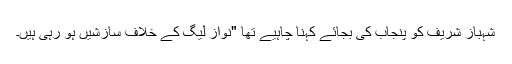
شہباز شریف کو پنجاب کی بجائے کہنا چاہیے تھا "نواز لیگ کے خلاف سازشیں ہو رہی ہیں۔